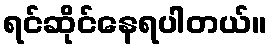
ရင်ဆိုင်နေရပါတယ်။